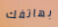
بهاتفك